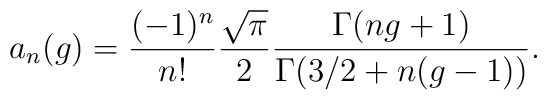
a_n(g) = \frac{(-1)^n}{n!} \frac{\sqrt{\pi}}{2}\frac{\Gamma(ng+1)}{\Gamma(3/2 +n(g-1))}.